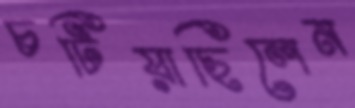
চটিয়াছিলেন